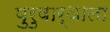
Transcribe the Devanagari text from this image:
पुरुषार्थाला